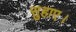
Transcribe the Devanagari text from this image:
सुहाए।